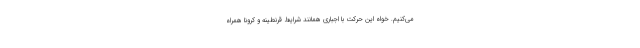
می‌کنیم. خواه این حرکت با اجباری همانند شرایط قرنطینه و کرونا همراه